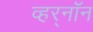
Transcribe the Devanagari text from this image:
व्हर्‌नॉन